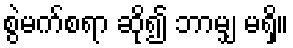
စွဲမက်စရာ ဆို၍ ဘာမျှ မရှိ။